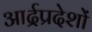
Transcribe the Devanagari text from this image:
आर्द्रप्रदेशों